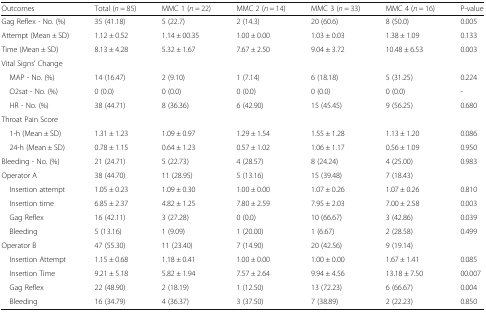
<table><thead><tr><td><b>Outcomes</b></td><td><b>Total (<i>n</i> = 85)</b></td><td><b>MMC 1 (<i>n</i> = 22)</b></td><td><b>MMC 2 (<i>n</i> = 14)</b></td><td><b>MMC 3 (<i>n</i> = 33)</b></td><td><b>MMC 4 (<i>n</i> = 16)</b></td><td><b>P-value</b></td></tr></thead><tbody><tr><td>Gag Reflex - No. (%)</td><td>35 (41.18)</td><td>5 (22.7)</td><td>2 (14.3)</td><td>20 (60.6)</td><td>8 (50.0)</td><td>0.005</td></tr><tr><td>Attempt (Mean ± SD)</td><td>1.12 ± 0.52</td><td>1.14 ± 00.35</td><td>1.00 ± 0.00</td><td>1.03 ± 0.03</td><td>1.38 ± 1.09</td><td>0.133</td></tr><tr><td>Time (Mean ± SD)</td><td>8.13 ± 4.28</td><td>5.32 ± 1.67</td><td>7.67 ± 2.50</td><td>9.04 ± 3.72</td><td>10.48 ± 6.53</td><td>0.003</td></tr><tr><td colspan="7">Vital Signs’ Change</td></tr><tr><td> MAP - No. (%)</td><td>14 (16.47)</td><td>2 (9.10)</td><td>1 (7.14)</td><td>6 (18.18)</td><td>5 (31.25)</td><td>0.224</td></tr><tr><td> O2sat - No. (%)</td><td>0 (0.0)</td><td>0 (0.0)</td><td>0 (0.0)</td><td>0 (0.0)</td><td>0 (0.0)</td><td>-</td></tr><tr><td> HR - No. (%)</td><td>38 (44.71)</td><td>8 (36.36)</td><td>6 (42.90)</td><td>15 (45.45)</td><td>9 (56.25)</td><td>0.680</td></tr><tr><td colspan="7">Throat Pain Score</td></tr><tr><td> 1-h (Mean ± SD)</td><td>1.31 ± 1.23</td><td>1.09 ± 0.97</td><td>1.29 ± 1.54</td><td>1.55 ± 1.28</td><td>1.13 ± 1.20</td><td>0.086</td></tr><tr><td> 24-h (Mean ± SD)</td><td>0.78 ± 1.15</td><td>0.64 ± 1.23</td><td>0.57 ± 1.02</td><td>1.06 ± 1.17</td><td>0.56 ± 1.09</td><td>0.950</td></tr><tr><td>Bleeding - No. (%)</td><td>21 (24.71)</td><td>5 (22.73)</td><td>4 (28.57)</td><td>8 (24.24)</td><td>4 (25.00)</td><td>0.983</td></tr><tr><td>Operator A</td><td>38 (44.70)</td><td>11 (28.95)</td><td>5 (13.16)</td><td>15 (39.48)</td><td>7 (18.43)</td><td></td></tr><tr><td> Insertion attempt</td><td>1.05 ± 0.23</td><td>1.09 ± 0.30</td><td>1.00 ± 0.00</td><td>1.07 ± 0.26</td><td>1.07 ± 0.26</td><td>0.810</td></tr><tr><td> Insertion time</td><td>6.85 ± 2.37</td><td>4.82 ± 1.25</td><td>7.80 ± 2.59</td><td>7.95 ± 2.03</td><td>7.00 ± 2.58</td><td>0.003</td></tr><tr><td> Gag Reflex</td><td>16 (42.11)</td><td>3 (27.28)</td><td>0 (0.0)</td><td>10 (66.67)</td><td>3 (42.86)</td><td>0.039</td></tr><tr><td> Bleeding</td><td>5 (13.16)</td><td>1 (9.09)</td><td>1 (20.00)</td><td>1 (6.67)</td><td>2 (28.58)</td><td>0.499</td></tr><tr><td>Operator B</td><td>47 (55.30)</td><td>11 (23.40)</td><td>7 (14.90)</td><td>20 (42.56)</td><td>9 (19.14)</td><td></td></tr><tr><td> Insertion Attempt</td><td>1.15 ± 0.68</td><td>1.18 ± 0.41</td><td>1.00 ± 0.00</td><td>1.00 ± 0.00</td><td>1.67 ± 1.41</td><td>0.085</td></tr><tr><td> Insertion Time</td><td>9.21 ± 5.18</td><td>5.82 ± 1.94</td><td>7.57 ± 2.64</td><td>9.94 ± 4.56</td><td>13.18 ± 7.50</td><td>00.007</td></tr><tr><td> Gag Reflex</td><td>22 (48.90)</td><td>2 (18.19)</td><td>1 (12.50)</td><td>13 (72.23)</td><td>6 (66.67)</td><td>0.004</td></tr><tr><td> Bleeding</td><td>16 (34.79)</td><td>4 (36.37)</td><td>3 (37.50)</td><td>7 (38.89)</td><td>2 (22.23)</td><td>0.850</td></tr></tbody></table>